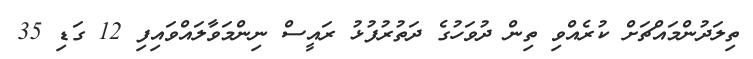
ތިލަދުންމައްޗަށް ކުރެއްވި ތިން ދުވަހުގެ ދަތުރުފުޅު ރައީސް ނިންމަވާލައްވައިފި 12 ގަޑި 35